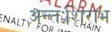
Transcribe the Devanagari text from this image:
अन्तःशिराभ